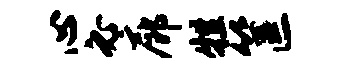
心必廊牲筐